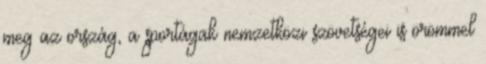
meg az ország, a sportágak nemzetközi szövetségei is örömmel